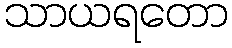
သာယရတော